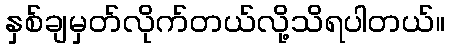
နှစ်ချမှတ်လိုက်တယ်လို့သိရပါတယ်။